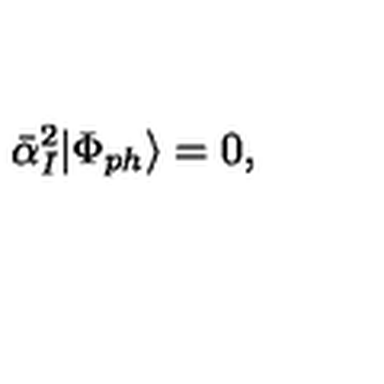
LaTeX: \bar { \alpha } _ { I } ^ { 2 } | \Phi _ { p h } \rangle = 0 ,